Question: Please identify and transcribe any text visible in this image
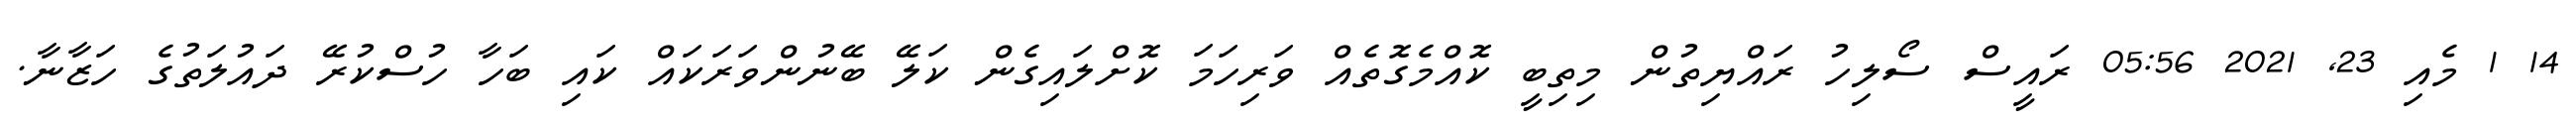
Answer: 14 1 މެއި 23, 2021 05:56 ރައީސް ސޯލިހު ރައްޔިތުން މިތިބީ ކޮއްމެގޮތެއް ވަރިހަމަ ކޮށްލައިގެން ކަލޭ ބޭނުންވަރަކައް ކައި ބަހާ ހުސްކުރޭ ދައުލަތުގެ ހަޒާނާ.